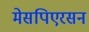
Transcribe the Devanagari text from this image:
मेसपिएरसन